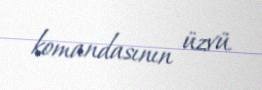
komandasının üzvü.